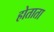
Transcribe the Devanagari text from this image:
होताता